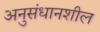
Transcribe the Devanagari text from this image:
अनुसंधानशील